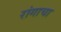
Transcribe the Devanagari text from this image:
रांगाचा